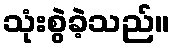
သုံးစွဲခဲ့သည်။